State Department UAP Cable 4, Ashgabat, Turkmenistan, November 5, 2004
Agency: Department of State
Incident date: 11/5/04
Incident location: Turkmenistan
Page 2
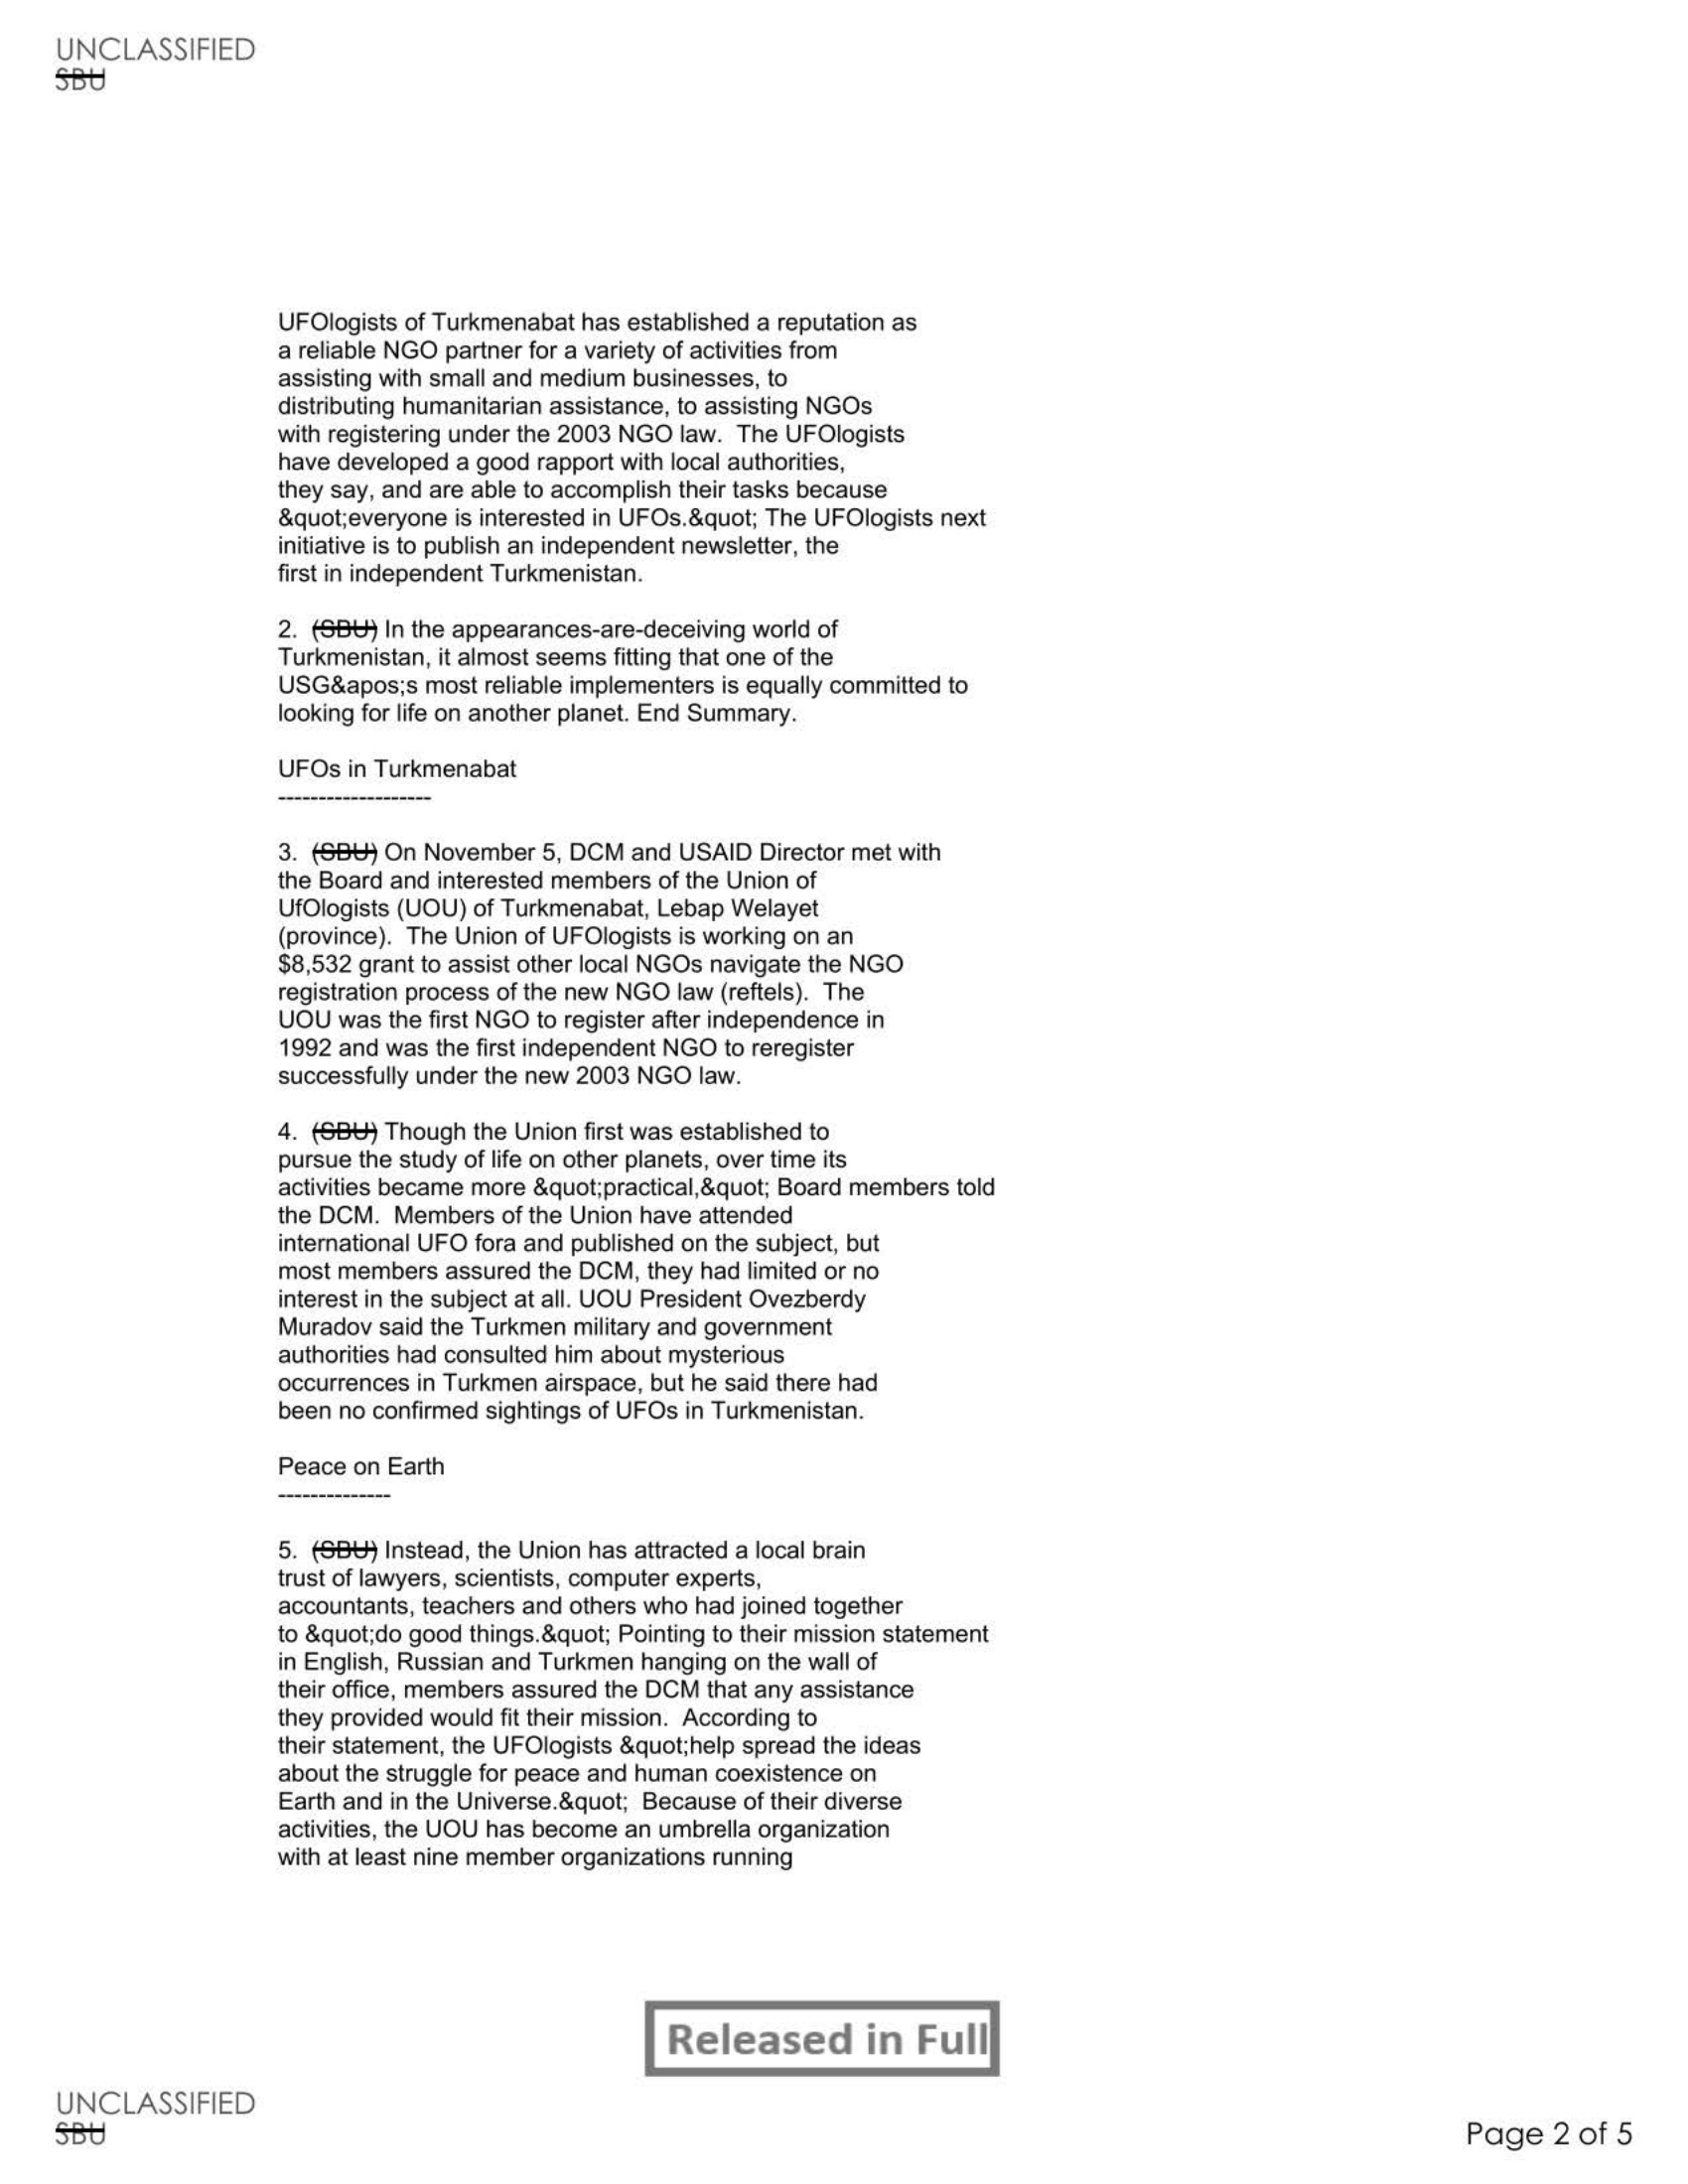